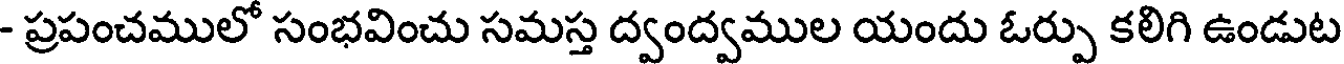
- ప్రపంచములో సంభవించు సమస్త ద్వంద్వముల యందు ఓర్పు కలిగి ఉండుట